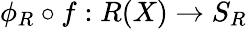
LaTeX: \phi_{R}\circ f:R(X)\rightarrow S_{R}